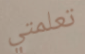
تعلمتي